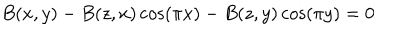
B ( x , y ) - B ( z , x ) \cos ( \pi x ) - B ( z , y ) \cos ( \pi y ) = 0